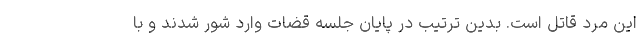
این مرد قاتل است. بدین ترتیب در پایان جلسه قضات وارد شور شدند و با